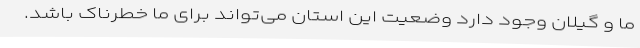
ما و گیلان وجود دارد وضعیت این استان می‌تواند برای ما خطرناک باشد.